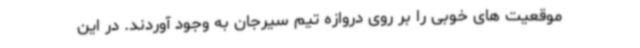
موقعیت های خوبی را بر روی دروازه تیم سیرجان به وجود آوردند. در این